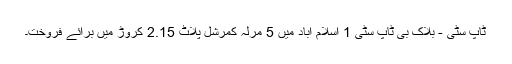
ٹاپ سٹی - بلاک بی ٹاپ سٹی 1 اسلام آباد میں 5 مرلہ کمرشل پلاٹ 2.15 کروڑ میں برائے فروخت۔